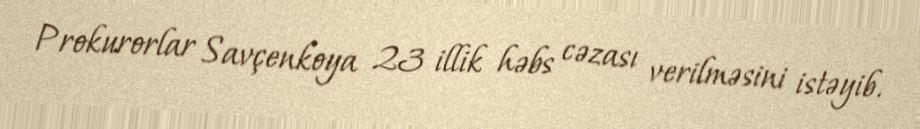
Prokurorlar Savçenkoya 23 illik həbs cəzası verilməsini istəyib.